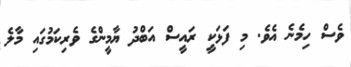
ވެސް ހިމެނެ އެވެ. މި ފަޅަކީ ރައީސް އަބްދު ޔާމީންގެ ވެރިކަމުގައި މާލެ